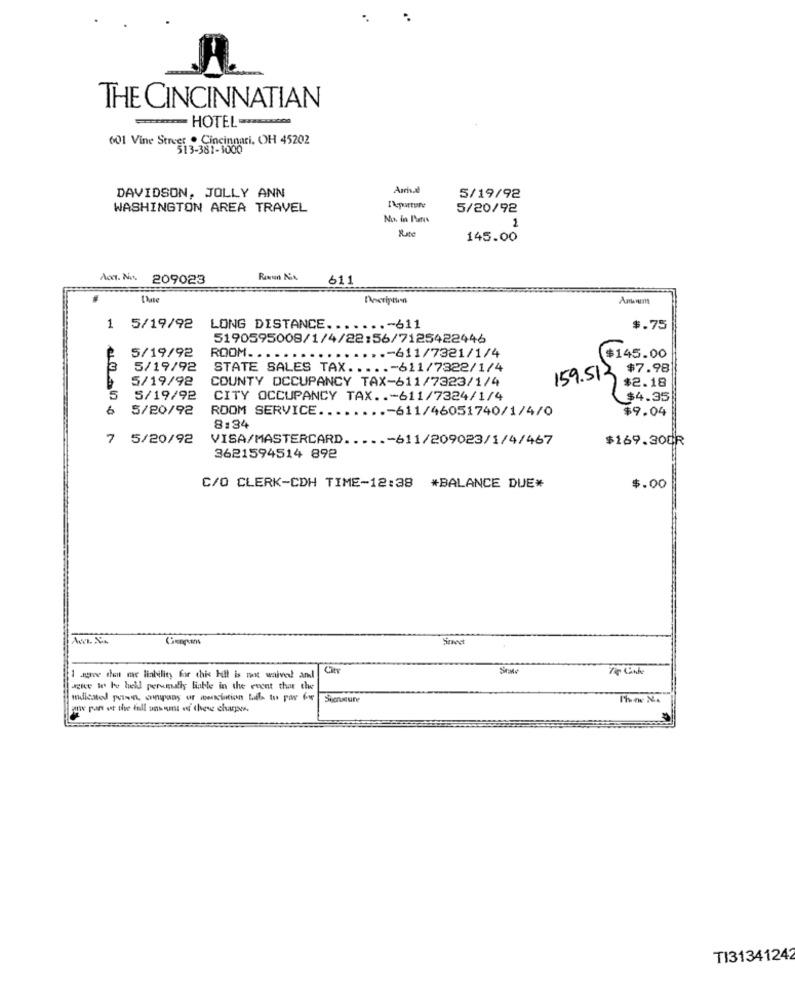
THE CINCINNATIAN
-
- HOTEL-
601 Vine Street . Cincinnati, OH 45202
513-381-1000
DAVIDSON, JOLLY ANN
5/19/92
WASHINGTON AREA TRAVEL
5/20/92
No. in Paris
Rute
2
145.00
Am. No. 209023
611
1 5/19/92
LONG DISTANCE .......- 611
$.75
5190595008/1/4/22:56/7125422446
5/19/92
.... ....- 611/7321/1/4
ROOM. . . ..
$145.00
3
5/19/92
STATE SALES TAX .....- 611/7322/1/4
159.513 $7.98
5/19/92
COUNTY OCCUPANCY TAX-611/7323/1/4
$2.18
5
5/19/92
CITY OCCUPANCY TAX. .- 611/7324/1/4
$4.35
6
5/20/92
ROOM SERVICE ..
..- 611/46051740/1/4/0
$9.04
8:34
7 5/20/92
VISA/MASTERCARD .....- 611/209023/1/4/467
$169.300R
3621594514 892
C/O CLERK-CDH TIME-12:38 *BALANCE DUE*
$.00
I agree that me liability for this bill is mot waived and
Jke we be hell perumally liable in the event that the
wir ran et the fall uns ust od these charpes.
TI31341242